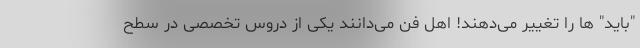
"باید" ها را تغییر می‌دهند! اهل فن می‌دانند یکی از دروس تخصصی در سطح